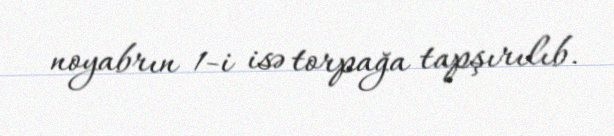
noyabrın 1-i isə torpağa tapşırılıb.